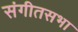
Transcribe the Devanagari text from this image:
संगीतसभा